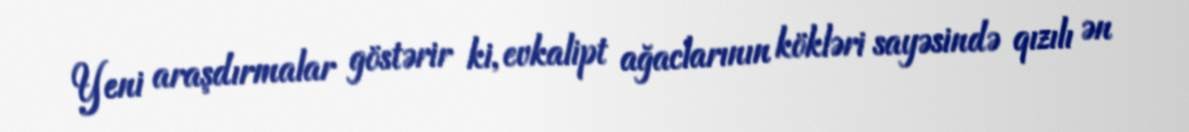
Yeni araşdırmalar göstərir ki, evkalipt ağaclarının kökləri sayəsində qızılı ən